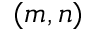
( m , n )